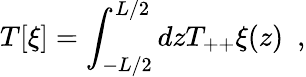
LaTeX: T[\xi]=\int_{-L/2}^{L/2}dzT_{++}\xi(z)~~,